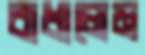
বাধালেম